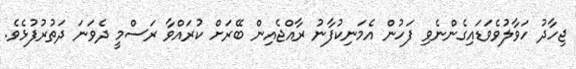
ޖިހާދު ހަވާލުވެވަޑައިގެންނެވި ފަހުން އެމަނިކުފާނު ރާއްޖެއިން ބޭރަށް ކުރައްވާ ރަސްމީ ދެވަނަ ދަތުރުފުޅެެވެ.